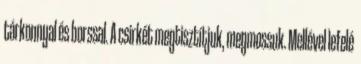
tárkonnyal és borssal. A csirkét megtisztítjuk, megmossuk. Mellével lefelé